Papers set at the Examination for Leaving Certificates, 1892
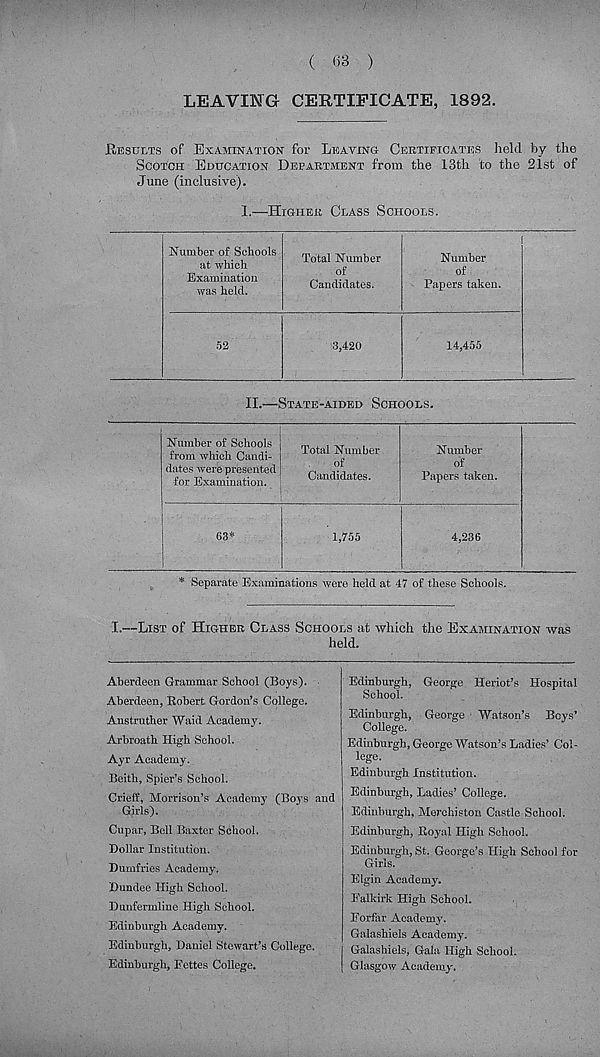
/:
( 63 )
LEAVING CERTIFICATE, 1892.
Results of Examination for Leaving Certificates held by the
Scotch Education Department from the 13th to the 21st of
June (inclusive).
1.—Higher Class Schools.
Number of Schools
at which
Examination
was held.
Total Number
of
Candidates.
52
3,420
Number
of
Papers taken.
14,455
II.—State-aided Schools.
Number of Schools
from which Candi-
dates were presented
for Examination.
Total Number
of
Candidates.
|
63*
1,755
Number
of
Papers taken.
4,236
* Separate Examinations were held at 47 of these Schools.
I.—List of Higher Class Schools at which the Examination was
held.
Aberdeen Grammar School (Boys).
Aberdeen, Robert Gordon’s College.
Anstruther Waid Academy.
Arbroath High School.
Ayr Academy.
Beith, Spier’s School.
Crieff, Morrison’s Academy (Boys and
Girls).
Cupar, Bell Baxter School.
Dollar Institution.
Dumfries Academy.
Dundee High School.
Dunfermline High School.
Edinburgh Academy.
Edinburgh, Daniel Stewart’s College.
Edinburgh, Eettes College.
Edinburgh, George Heriot’s Hospital
School.
Edinburgh, George Watson’s Boys’
College.
Edinburgh, George Watson’s Ladies’ Col-
lege.
Edinburgh Institution.
Edinburgh, Ladies’ College.
Edinburgh, Merchiston Castle School.
Edinburgh, Royal High School.
Edinburgh, St. George’s High School for
Girls.
Elgin Academy.
Falkirk High School.
Forfar Academy.
Galashiels Academy.
Galashiels, Gala High School.
Glasgow Academy.